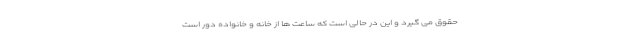
حقوق می گیرد و این در حالی است که ساعت ها از خانه و خانواده دور است